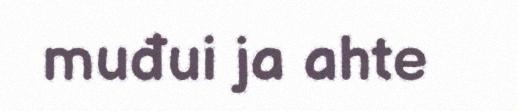
muđui ja ahte